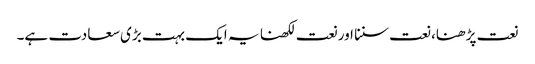
نعت پڑھنا، نعت سننا اور نعت لکھنا یہ ایک بہت بڑی سعادت ہے۔